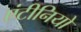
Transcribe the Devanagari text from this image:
एंटीनियो